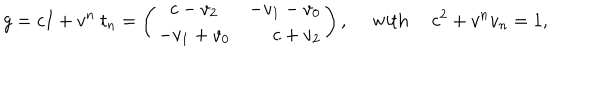
LaTeX: g = c I + v ^ { n } ~ t _ { n } = \left( \begin{array} { c r } { { c - v _ { 2 } } } & { { - v _ { 1 } - v _ { 0 } } } \\ { { - v _ { 1 } + v _ { 0 } } } & { { c + v _ { 2 } } } \\ \end{array} \right) , ~ ~ \mathrm { w i t h } ~ ~ c ^ { 2 } + v ^ { n } v _ { n } = 1 ,